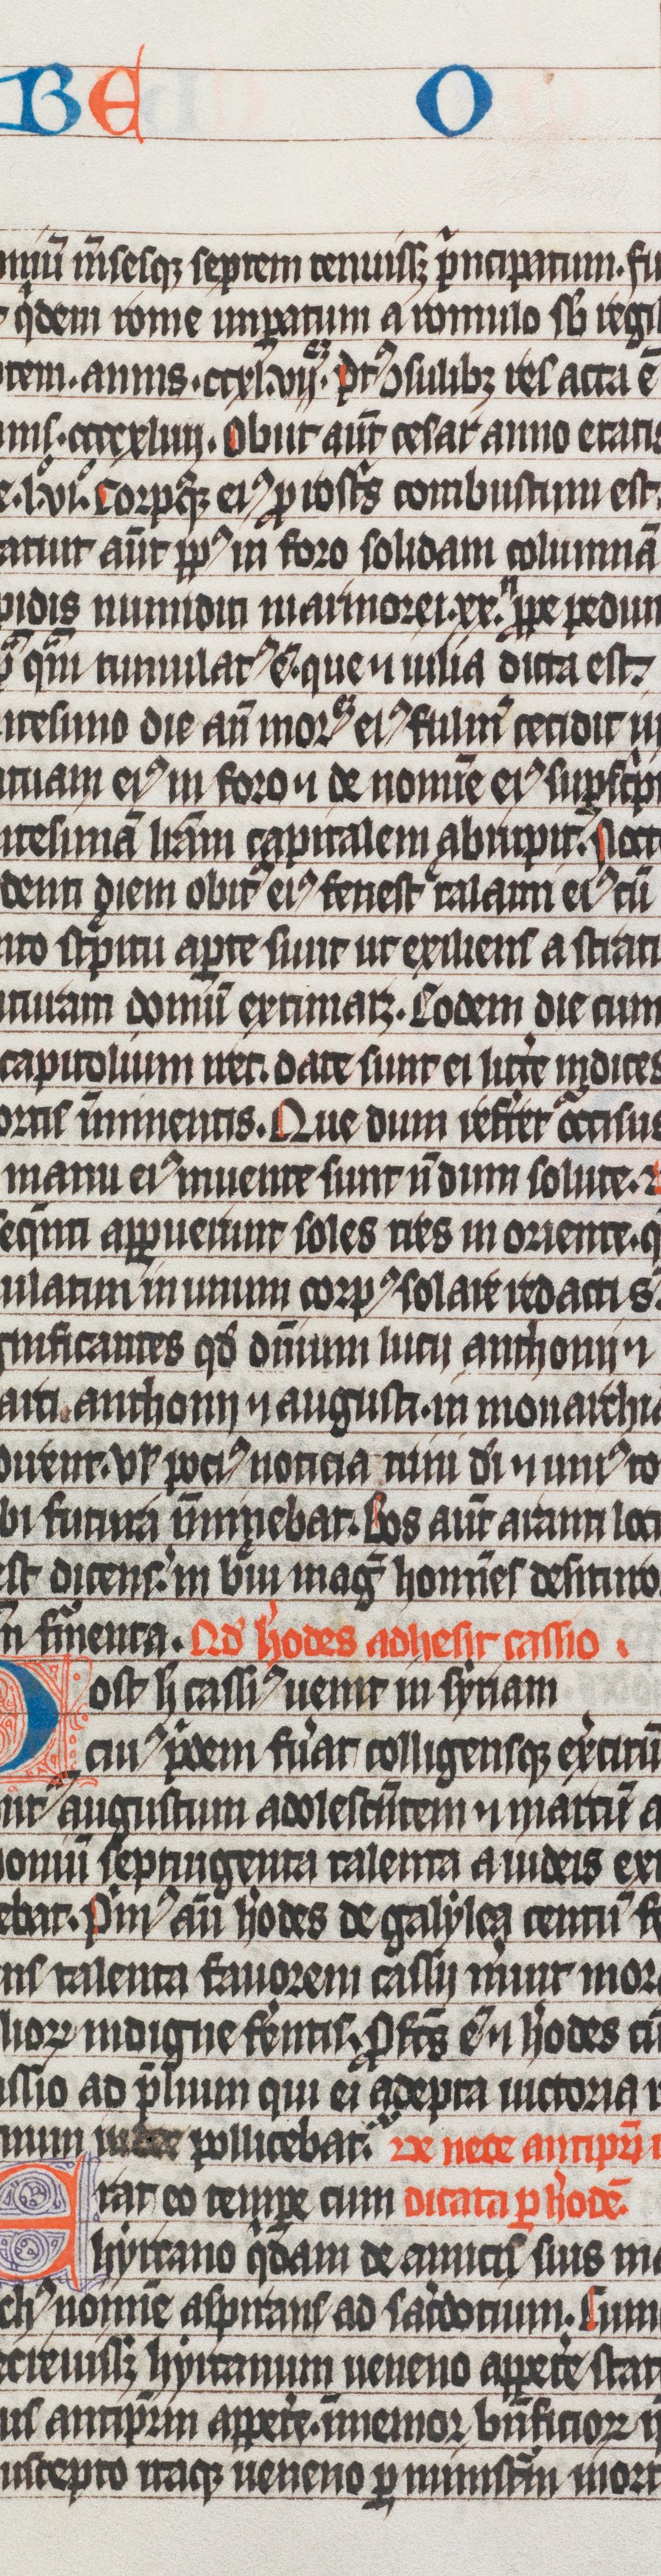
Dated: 1325–1349